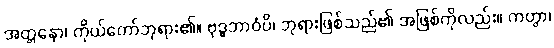
အတ္တနော၊ ကိုယ်တော်ဘုရား၏။ ဗုဒ္ဓဘာဝံပိ၊ ဘုရားဖြစ်သည်၏ အဖြစ်ကိုလည်း။ ကတွာ၊